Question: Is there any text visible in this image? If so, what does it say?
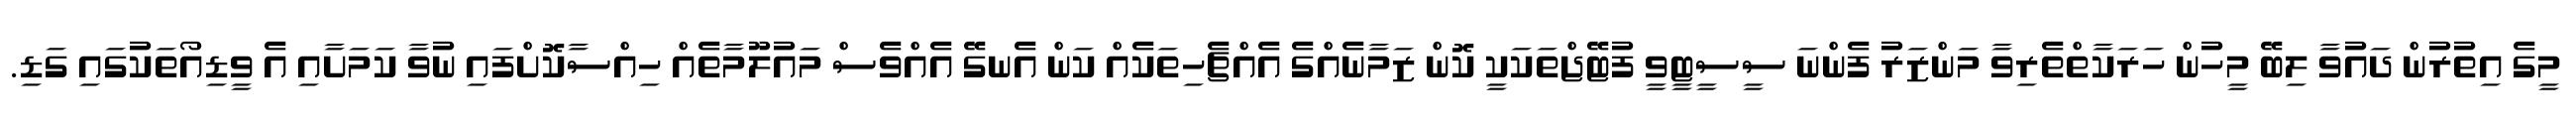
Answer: މީގެ އިތުރުން ދައުވާ ލިބޭ މީހުން ހަރަކާތްތެރިވާ މަންޒަރު ފެންނަ ސީސީޓީވީ ފުޓޭޖްތަކަކީ ކޮން ޒަމާނެއްގެ އެއްޗެހިތަކެއް ކަން އެނގޭ އެއްވެސް މައުލޫމާތެއް ހިއްސާކޮށްފައި ނުވާ ކަމަށާއި އެ ވީޑިއޯތަކުގައި ގަޑި.